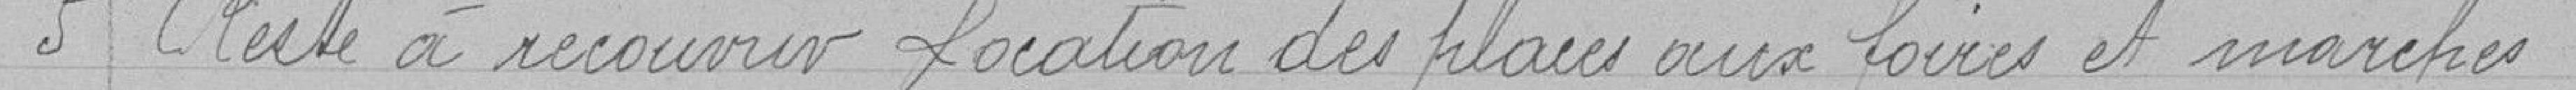
5 - Reste à recouvrir location des places aux foires et marchés